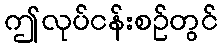
ဤလုပ်ငန်းစဉ်တွင်